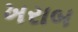
ખરાબ